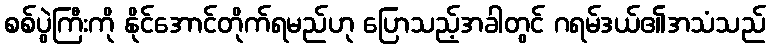
စစ်ပွဲကြီးကို နိုင်အောင်တိုက်ရမည်ဟု ပြောသည့်အခါတွင် ဂရမ်ဒယ်၏အသံသည်